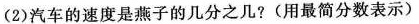
(2)汽车的速度是燕子的几分之几?(用最简分数表示)